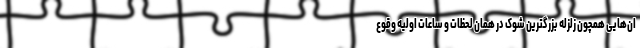
ان‌هایی همچون زلزله بزرگترین شوک در همان لحظات و ساعات اولیه وقوع